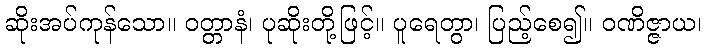
ဆိုးအပ်ကုန်သော။ ဝတ္တာနံ၊ ပုဆိုးတို့ဖြင့်။ ပူရေတွာ၊ ပြည့်စေ၍။ ဝဏိဇ္ဇာယ၊